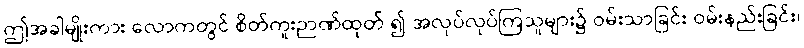
ဤအခါမျိုးကား လောကတွင် စိတ်ကူးဉာဏ်ထုတ် ၍ အလုပ်လုပ်ကြသူများ၌ ဝမ်းသာခြင်း ဝမ်းနည်းခြင်း၊